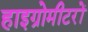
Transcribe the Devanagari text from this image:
हाइग्रोमीटरों